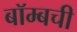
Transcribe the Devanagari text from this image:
बॉम्बची